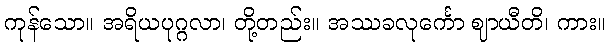
ကုန်သော။ အရိယပုဂ္ဂလာ၊ တို့တည်း။ အဿခလုင်္ကော ဈာယီတိ၊ ကား။